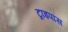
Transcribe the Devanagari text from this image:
ट्राइपॉस